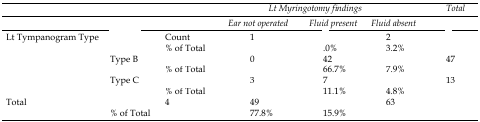
<table><thead><tr><td>[EMPTY_CELL]</td><td>[EMPTY_CELL]</td><td>[EMPTY_CELL]</td><td colspan="3"><b>Lt Myringotomy findings</b></td><td><b>Total</b></td></tr><tr><td>[EMPTY_CELL]</td><td>[EMPTY_CELL]</td><td>[EMPTY_CELL]</td><td><b>Ear not operated</b></td><td><b>Fluid present</b></td><td><b>Fluid absent</b></td><td>[EMPTY_CELL]</td></tr></thead><tbody><tr><td rowspan="6">Lt Tympanogram Type</td><td rowspan="2">[EMPTY_CELL]</td><td>Count</td><td>1</td><td>[EMPTY_CELL]</td><td>2</td><td>[EMPTY_CELL]</td></tr><tr><td>% of Total</td><td>[EMPTY_CELL]</td><td>.0%</td><td>3.2%</td><td>[EMPTY_CELL]</td></tr><tr><td rowspan="2">Type B</td><td>[EMPTY_CELL]</td><td>0</td><td>42</td><td>[EMPTY_CELL]</td><td>47</td></tr><tr><td>% of Total</td><td>[EMPTY_CELL]</td><td>66.7%</td><td>7.9%</td><td>[EMPTY_CELL]</td></tr><tr><td rowspan="2">Type C</td><td>[EMPTY_CELL]</td><td>3</td><td>7</td><td>[EMPTY_CELL]</td><td>13</td></tr><tr><td>% of Total</td><td>[EMPTY_CELL]</td><td>11.1%</td><td>4.8%</td><td>[EMPTY_CELL]</td></tr><tr><td colspan="2" rowspan="2">Total</td><td>[EMPTY_CELL]</td><td>4</td><td>49</td><td>[EMPTY_CELL]</td><td>63</td></tr><tr><td>% of Total</td><td>[EMPTY_CELL]</td><td>77.8%</td><td>15.9%</td><td>[EMPTY_CELL]</td></tr></tbody></table>